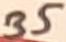
Text: 35